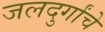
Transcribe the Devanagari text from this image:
जलदुर्गांचे